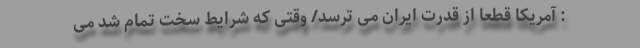
: آمریکا قطعا از قدرت ایران می ترسد/ وقتی که شرایط سخت تمام شد می